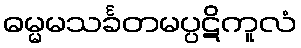
ဓမ္မမသင်္ခတမပ္ပဋိကူလံ